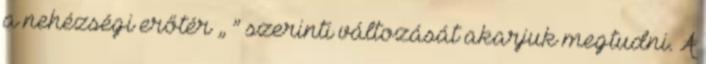
a nehézségi erőtér „Φ” szerinti változását akarjuk megtudni. A